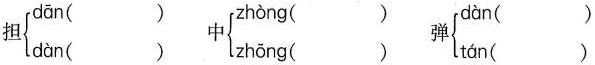
担 \left\{ \begin{matrix} dàn( ) \\ dàn( ) \end{matrix} \right.中 \left\{ \begin{matrix} zhòng( ) \\ zhōng( ) \end{matrix} \right.弹\left\{ \begin{matrix} dān( ) \\ tán( ) \end{matrix} \right.